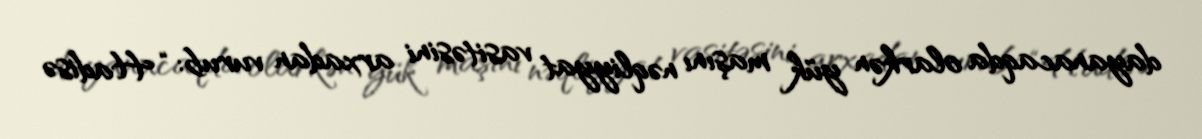
dayanacaqda olarkən yük maşını nəqliyyat vasitəsini arxadan vurub: “Hadisə